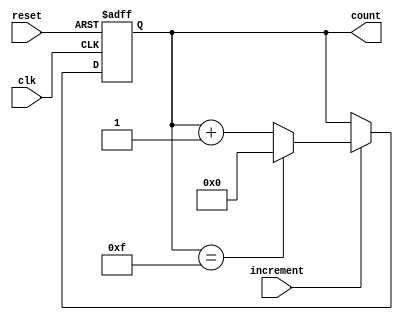
module incremental_counter #(
    parameter WIDTH = 4,                // Bit-width of the counter
    parameter INITIAL_VALUE = 0         // Initial count value
) (
    input wire clk,                     // Clock signal
    input wire reset,                   // Asynchronous reset signal
    input wire increment,               // Increment control signal
    output reg [WIDTH-1:0] count       // Current count value
);

    // Maximum value the counter can hold
    localparam MAX_VALUE = (1 << WIDTH) - 1;

    // Always block for synchronous operations
    always @(posedge clk or posedge reset) begin
        if (reset) begin
            count <= INITIAL_VALUE;     // Reset to initial value
        end else if (increment) begin
            if (count == MAX_VALUE) begin
                count <= INITIAL_VALUE; // Wrap around to initial value
            end else begin
                count <= count + 1;     // Increment the counter
            end
        end
    end

endmodule